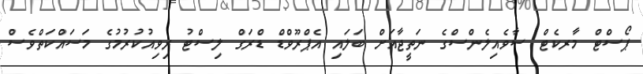
ޕޯސްޓް މާރކެޓް ސާވެއިލެންސްގެ ނަތީޖާއަށް ބަލައި އެޕްރޫވްޑް ޑްރަގް ލިސްޓު ރިވިއުކުރުމުގެ މަސައްކަތްވެސް